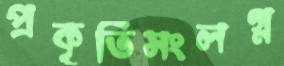
প্রকৃতিসংলগ্ন